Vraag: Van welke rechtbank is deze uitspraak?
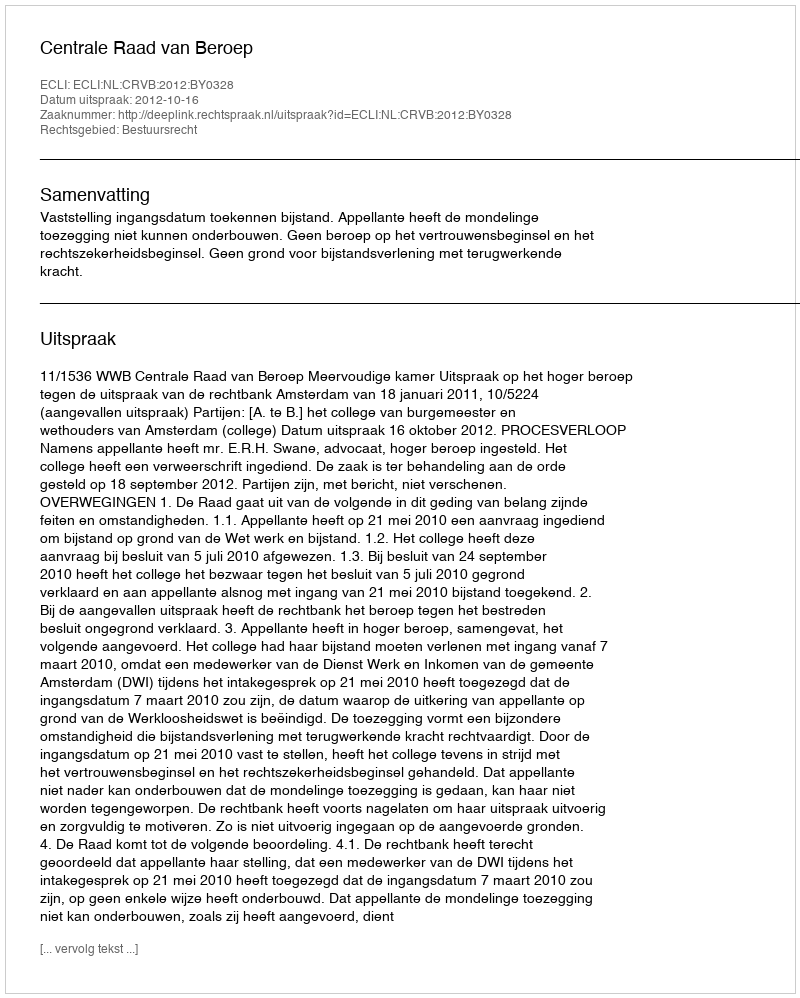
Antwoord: Centrale Raad van Beroep